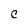
Character: C